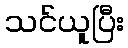
သင်ယူပြီး